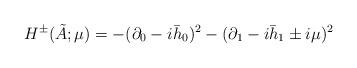
LaTeX: \begin{align*}H^{\pm}(\tilde A;\mu)=-(\partial_0-i\bar h_0)^2-(\partial_1-i\bar h_1\pm i\mu)^2\end{align*}